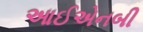
આઈએનબી